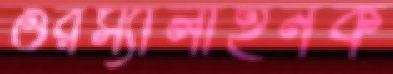
ওরস্যালাইনক